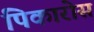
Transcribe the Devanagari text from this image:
पिकारोस